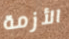
الأزمة